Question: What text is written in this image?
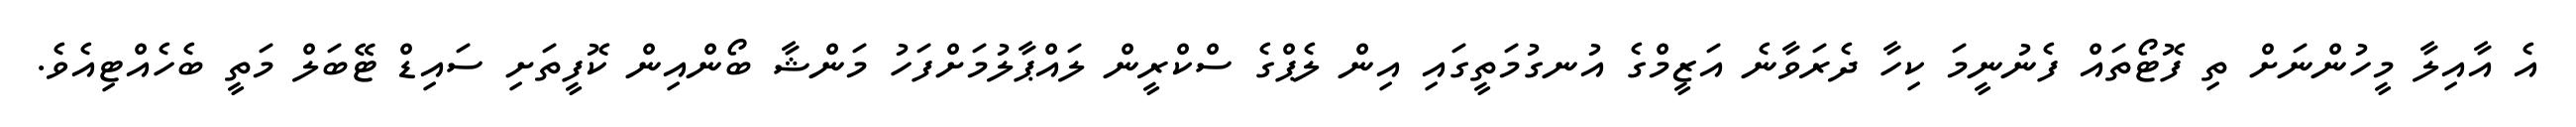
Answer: އެ އާއިލާ މީހުންނަށް ތި ފޮޓޯތައް ފެނުނީމަ ކިހާ ދެރަވާނެ އަޒީމްގެ އުނގުމަތީގައި އިން ލެޕްގެ ސްކްރީން ލައްޕާލުމަށްފަހު މަންޝާ ބޯންއިން ކޮފީތަށި ސައިޑް ޓޭބަލް މަތީ ބެހެއްޓިއެވެ.